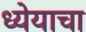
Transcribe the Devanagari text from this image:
ध्येयाचा